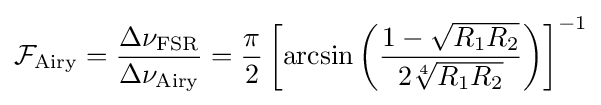
{\mathcal {F}}_{\rm {Airy}}={\frac {\Delta \nu _{\rm {FSR}}}{\Delta \nu _{\rm {Airy}}}}={\frac {\pi }{2}}\left[\arcsin \left({\frac {1-{\sqrt {R_{1}R_{2}}}}{2{\sqrt[{4}]{R_{1}R_{2}}}}}\right)\right]^{-1}